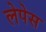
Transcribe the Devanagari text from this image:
लेपेस